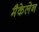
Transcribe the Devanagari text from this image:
मैकेलेन